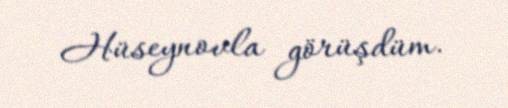
Hüseynovla görüşdüm.